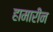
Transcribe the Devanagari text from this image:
हामारीन